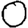
Digit: 0